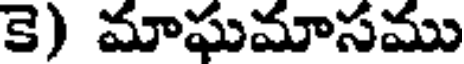
కె) మాఘమాసము